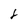
Character: 6